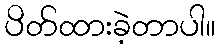
ပိတ်ထားခဲ့တာပါ။